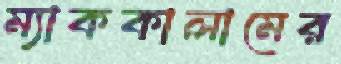
ম্যাককালামের